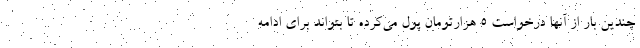
چندین بار از آنها درخواست ۵ هزارتومان پول می‌کرده تا بتواند برای ادامه